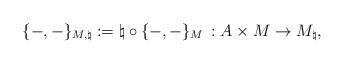
LaTeX: \begin{align*}\{-,-\}_{M, \natural}:= \natural \circ \{-,-\}_M \,: A \times M \to M_{\natural} ,\end{align*}